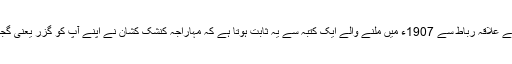
افغانستان کے علاقہ رباط سے 1907ء میں ملنے والے ایک کتبہ سے یہ ثابت ہوتا ہے کہ مہاراجہ کنشک کشان نے اپنے آپ کو گزر یعنی گجر لکھا ہے۔